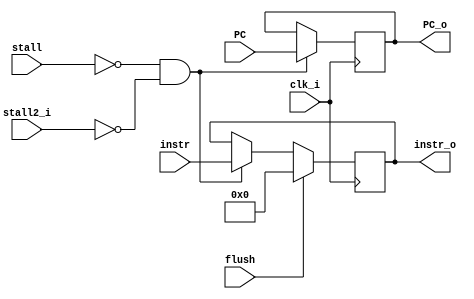
module IF_IDReg(clk_i, PC, stall, flush, instr, stall2_i, instr_o, PC_o);

input clk_i;
input [31:0] PC; // for branch
input stall; // for brach
input flush; // for branch
input [31:0] instr;
input stall2_i;
output reg [31:0] instr_o;
output reg [31:0] PC_o;


always @ (posedge clk_i)
begin
	if (stall == 0 && stall2_i == 0) begin
		PC_o <= PC;
		instr_o <= instr;
	end
	if (flush == 1) begin
		instr_o <= 32'b0;
	end
end
endmodule